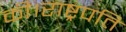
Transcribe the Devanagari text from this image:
की।राष्ट्रपति